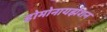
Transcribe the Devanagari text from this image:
होमोनायझेशन